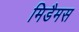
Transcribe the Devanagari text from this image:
मिडैमस